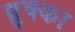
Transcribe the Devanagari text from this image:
ब्रुक्का